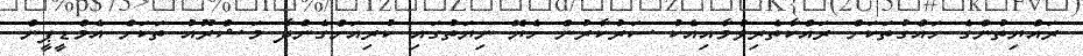
ރައްޔިތުންގެ ހައްގުތަކަށް ރައްކާތެރިވުމާއިއެކު ސަރުކާރުން ހެޔޮ ނިޔަތުގައި ކުރިއަށްގެންދާ މަޝްރޫއު ތަކަށް އެމްޑީޕީން